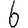
Digit: 6